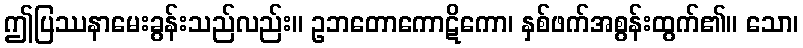
ဤပြဿနာမေးခွန်းသည်လည်း။ ဥဘတောကောဋိကော၊ နှစ်ဖက်အစွန်းထွက်၏။ သော၊